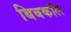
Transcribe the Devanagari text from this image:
बिबकॉल